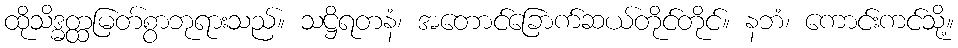
ထိုသိဒ္ဓတ္ထမြတ်စွာဘုရားသည်။ သဋ္ဌိရတနံ၊ အတောင်ခြောက်ဆယ်တိုင်တိုင်။ နဘံ၊ ကောင်းကင်သို့။